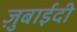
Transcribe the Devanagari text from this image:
ज़ुबाईदी